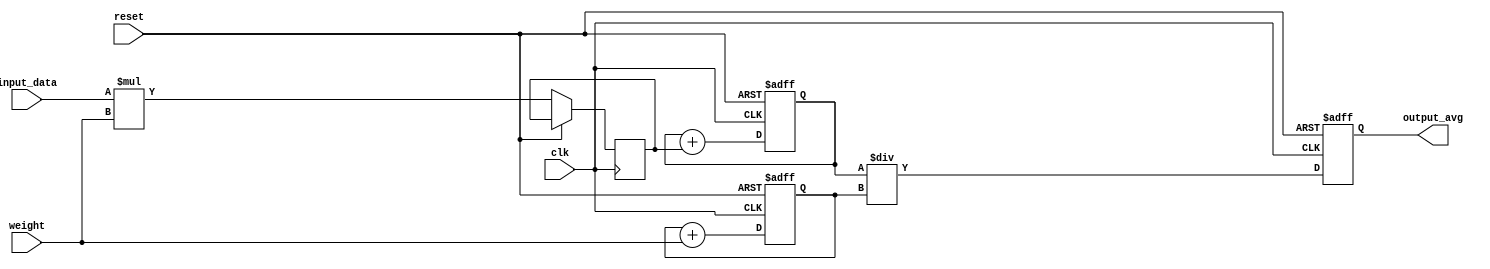
module weighted_moving_avg_accumulator(
input clk, // Clock signal
input reset, // Reset signal
input [7:0] input_data, // Input data
input [7:0] weight, // Weight for the moving average
output reg [15:0] output_avg // Output average value
);

reg [15:0] sum; // Variable to store the sum of weighted values
reg [7:0] total_weight; // Variable to store the total weight
reg [15:0] weighted_value; // Variable to store the weighted value

// Reset logic
always @(posedge clk or posedge reset) begin
if (reset) begin
sum <= 16'b0;
total_weight <= 8'b0;
output_avg <= 16'b0;
end else begin

// Calculation logic
weighted_value <= input_data * weight; // Multiply input value by weight
sum <= sum + weighted_value; // Add weighted value to sum
total_weight <= total_weight + weight; // Update total weight

// Divide sum by total weight to get moving average
output_avg <= sum / total_weight; 
end
end
endmodule